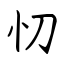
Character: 忉